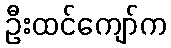
ဦးထင်ကျော်က